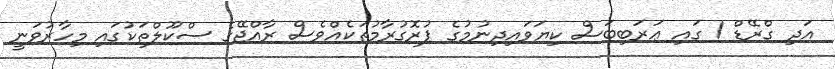
އަދި ގްރޭޑް 1 ގައި ޢަރަބިބަސް ކިޔަވައިދިނުމުގެ ޕުރޮގުރާމުތަކެއްވެސް ރާއްޖޭގެ ސްކޫލްތަކުގައި މިހާރުވަނީ